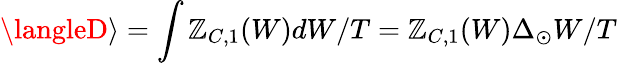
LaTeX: \langleD\rangle=\int\mathbb{Z}_{C,1}(W)dW/T=\mathbb{Z}_{C,1}(W)\Delta_{\odot}W/T